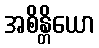
အစိန္တိယော